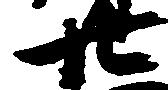
廿